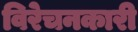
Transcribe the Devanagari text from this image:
विरेचनकारी